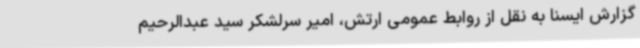
گزارش ایسنا به نقل از روابط عمومی ارتش، امیر سرلشکر سید عبدالرحیم